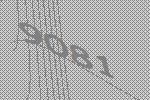
9081